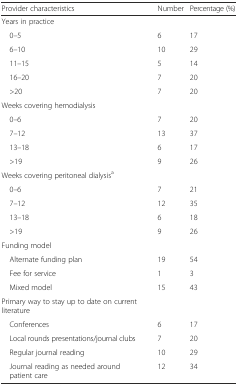
| Provider characteristics | Number | Percentage (%) |
 | --- | --- | --- |
 | Years in practice |  |  |
 | 0–5 | 6 | 17 |
 | 6–10 | 10 | 29 |
 | 11–15 | 5 | 14 |
 | 16–20 | 7 | 20 |
 | >20 | 7 | 20 |
 | Weeks covering hemodialysis |  |  |
 | 0–6 | 7 | 20 |
 | 7–12 | 13 | 37 |
 | 13–18 | 6 | 17 |
 | >19 | 9 | 26 |
 | Weeks covering peritoneal dialysisa |  |  |
 | 0–6 | 7 | 21 |
 | 7–12 | 12 | 35 |
 | 13–18 | 6 | 18 |
 | >19 | 9 | 26 |
 | Funding model |  |  |
 | Alternate funding plan | 19 | 54 |
 | Fee for service | 1 | 3 |
 | Mixed model | 15 | 43 |
 | Primary way to stay up to date on current literature |  |  |
 | Conferences | 6 | 17 |
 | Local rounds presentations/journal clubs | 7 | 20 |
 | Regular journal reading | 10 | 29 |
 | Journal reading as needed around patient care | 12 | 34 |